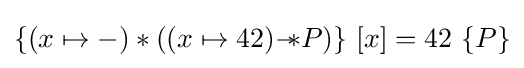
\{(x\mapsto -)\ast ((x\mapsto 42){-\!\!*}P)\}\ [x]=42\ \{P\}